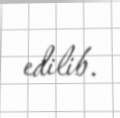
edilib.